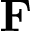
\mathbf { F }